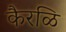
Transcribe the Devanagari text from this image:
कैरळि